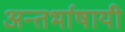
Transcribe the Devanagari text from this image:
अन्तर्भाषायी